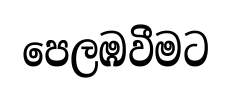
පෙලඹවීමට